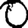
Digit: 0